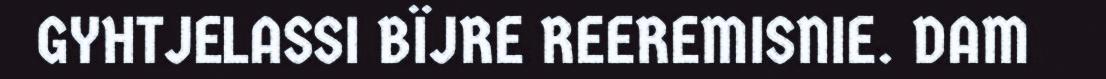
GYHTJELASSI BÏJRE REEREMISNIE. DAM